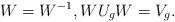
LaTeX: \begin{align*}W=W^{-1},WU_gW=V_g.\end{align*}